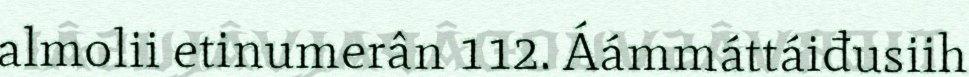
almolii etinumerân 112. Áámmáttáiđusiih